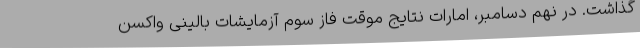
گذاشت. در نهم دسامبر، امارات نتایج موقت فاز سوم آزمایشات بالینی واکسن